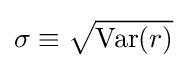
\sigma \equiv {\sqrt {\operatorname {Var} (r)}}